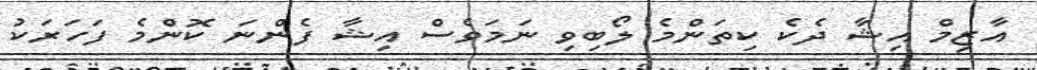
އާޒިމް އިޝާ ދެކެ ކިތަންމެ ލޯބިވި ނަމަވެސް އިޝާ ފެންނަ ކޮންމެ ފަހަރަކު